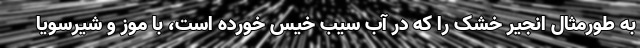
به طورمثال انجیر خشک را که در آب سیب خیس خورده است، با موز و شیرسویا